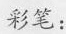
彩笔：